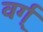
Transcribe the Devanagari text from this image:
वर्ग्